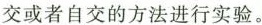
交或者自交的方法进行实验。